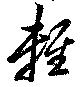
軽